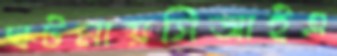
ঘটনায়সিআইএ